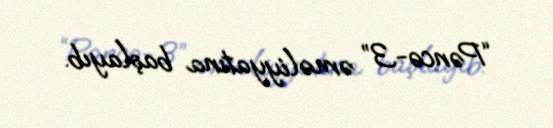
“Pəncə-3” əməliyyatına başlayıb.